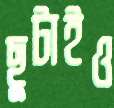
ছুটাইও